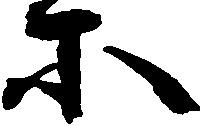
等